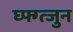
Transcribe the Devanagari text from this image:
घ्फ्ग्त्जुन